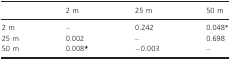
|  | 2 m | 25 m | 50 m |
 | --- | --- | --- | --- |
 | 2 m | – | 0.242 | 0.048* |
 | 25 m | 0.002 | – | 0.698 |
 | 50 m | 0.008* | −0.003 | – |